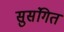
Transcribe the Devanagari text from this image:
सुसंगित